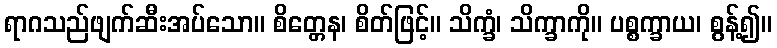
ရာဂသည်ဖျက်ဆီးအပ်သော။ စိတ္တေန၊ စိတ်ဖြင့်။ သိက္ခံ၊ သိက္ခာကို။ ပစ္စက္ခာယ၊ စွန့်၍။